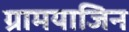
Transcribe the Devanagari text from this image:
ग्रामयाजिन